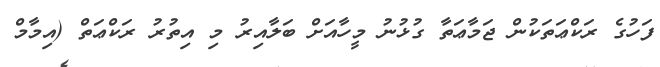
ފަހުގެ ރަކްޢަތަކުން ޖަމާޢަތާ ގުޅުނު މީހާއަށް ބަލާއިރު މި އިތުރު ރަކްޢަތް (އިމާމް